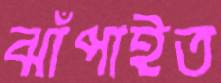
ঝাঁপাইত